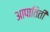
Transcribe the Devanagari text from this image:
आपातिती